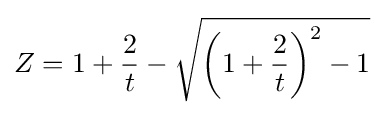
Z=1+{\frac {2}{t}}-{\sqrt {\left(1+{\frac {2}{t}}\right)^{2}-1}}